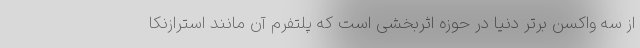
از سه واکسن برتر دنیا در حوزه اثربخشی است که پلتفرم آن مانند استرازنکا